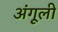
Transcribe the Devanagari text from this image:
अंगूली